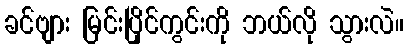
ခင်ဗျား မြင်းပြိုင်ကွင်းကို ဘယ်လို သွားလဲ။